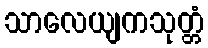
သာလေယျကသုတ္တံ